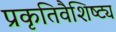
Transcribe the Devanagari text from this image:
प्रकृतिवैशिष्ट्य